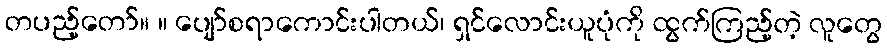
တပည့်တော်။ ။ ပျော်စရာကောင်းပါတယ်၊ ရှင်လောင်းယူပုံကို ထွက်ကြည့်တဲ့ လူတွေ